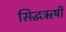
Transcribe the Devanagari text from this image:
सिद्धऋषी